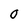
Character: O